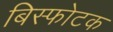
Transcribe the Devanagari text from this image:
बिस्फोटक